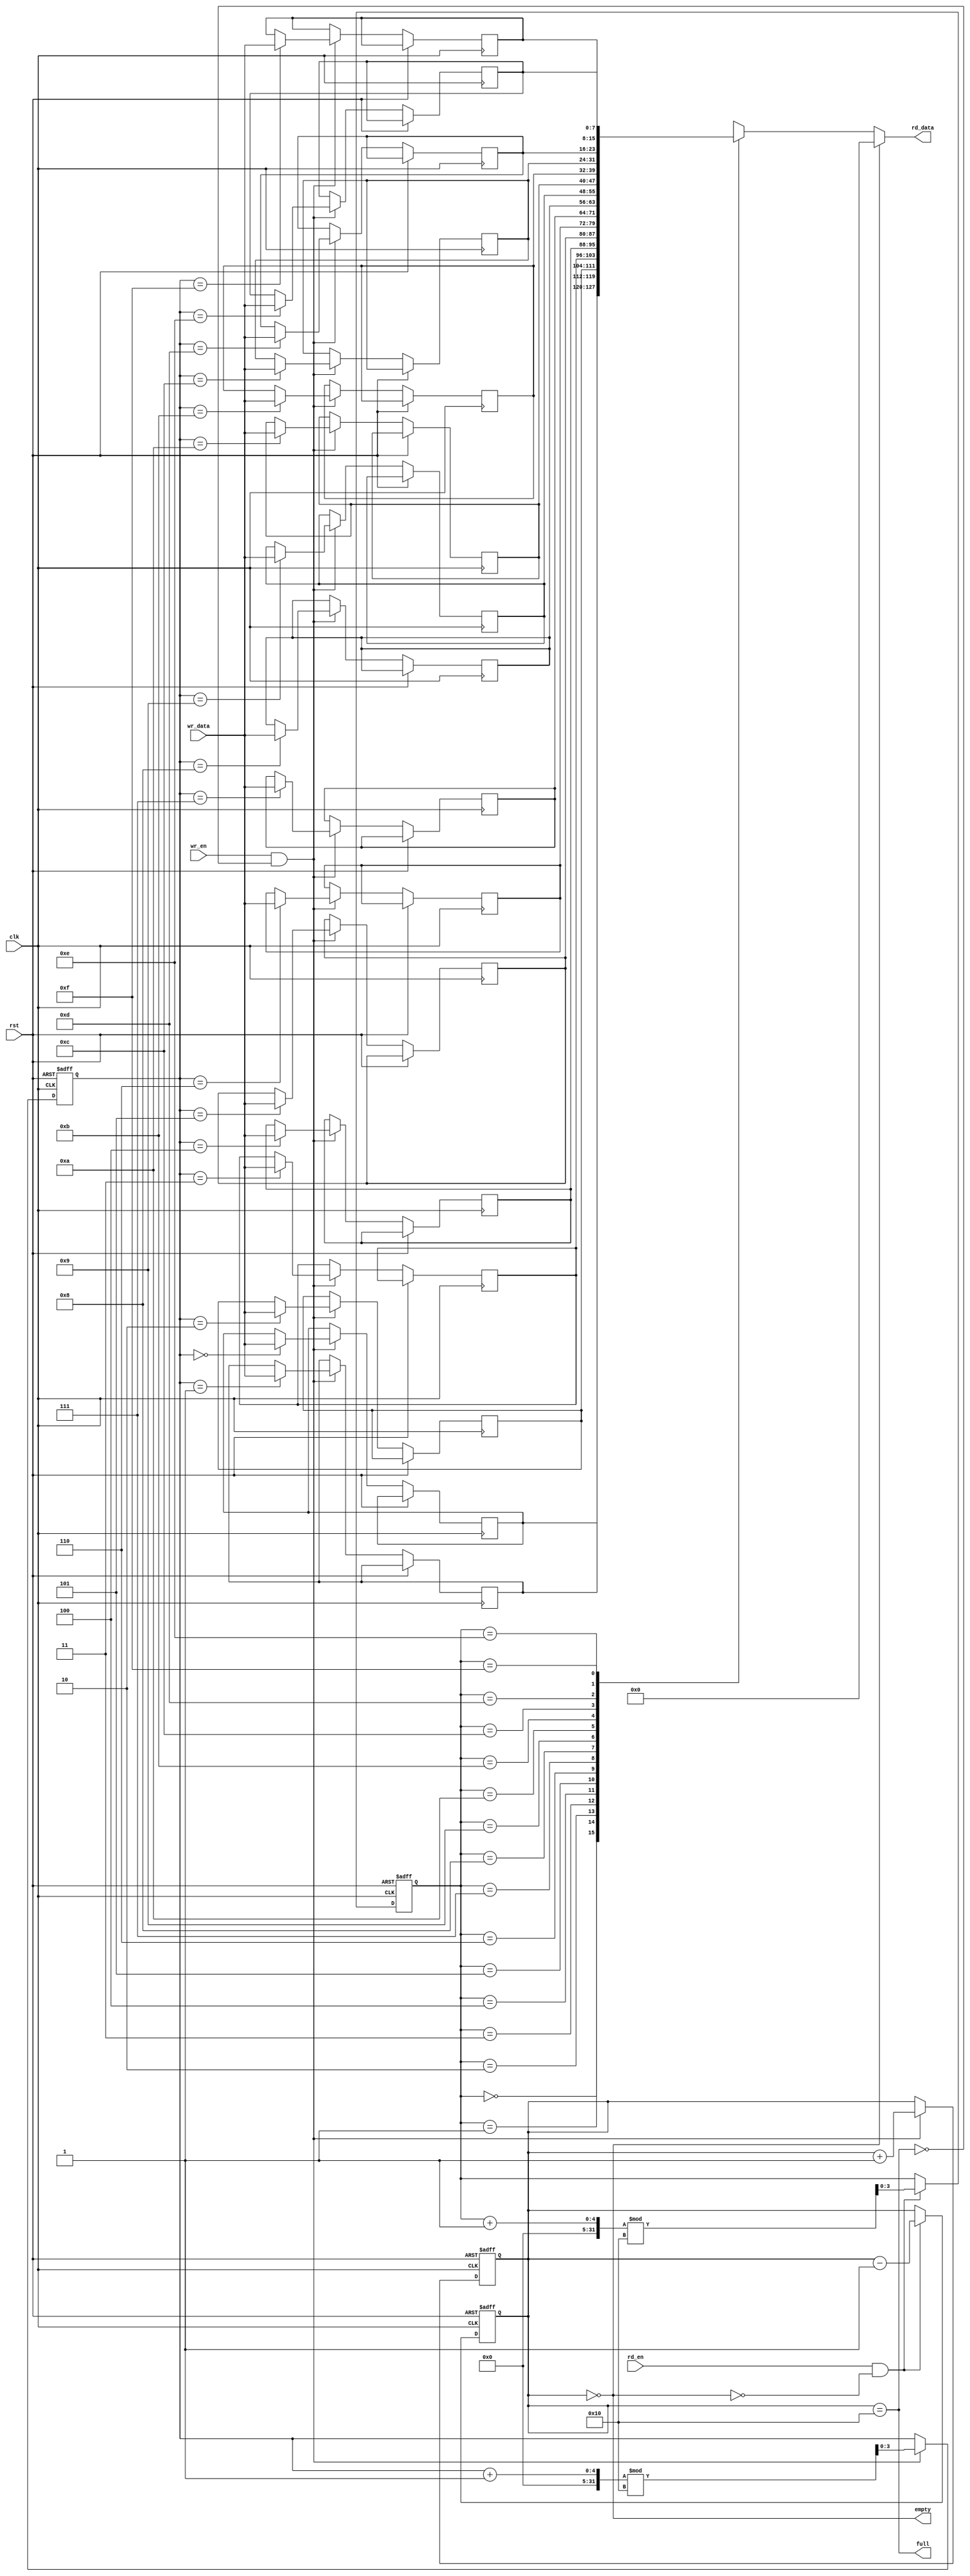
module multiport_fifo #(
    parameter DEPTH = 16,  // Number of entries in the FIFO
    parameter WIDTH = 8    // Width of each entry in bits
)(
    input wire clk,
    input wire rst,
    
    // Write Port
    input wire [WIDTH-1:0] wr_data,
    input wire wr_en,
    output wire full,
    
    // Read Port
    output wire [WIDTH-1:0] rd_data,
    input wire rd_en,
    output wire empty
);

    // Memory array
    reg [WIDTH-1:0] fifo_mem [0:DEPTH-1];
    
    // Read and Write pointers
    reg [$clog2(DEPTH)-1:0] wr_ptr;
    reg [$clog2(DEPTH)-1:0] rd_ptr;
    
    // Count of entries in FIFO
    reg [$clog2(DEPTH+1)-1:0] count;

    // Full and Empty flags
    assign full = (count == DEPTH);
    assign empty = (count == 0);
    assign rd_data = (empty) ? {WIDTH{1'b0}} : fifo_mem[rd_ptr];

    // Write Logic
    always @(posedge clk or posedge rst) begin
        if (rst) begin
            wr_ptr <= 0;
            count <= 0;
        end else if (wr_en && !full) begin
            fifo_mem[wr_ptr] <= wr_data;
            wr_ptr <= (wr_ptr + 1) % DEPTH;
            count <= count + 1;
        end
    end

    // Read Logic
    always @(posedge clk or posedge rst) begin
        if (rst) begin
            rd_ptr <= 0;
            count <= 0;
        end else if (rd_en && !empty) begin
            rd_ptr <= (rd_ptr + 1) % DEPTH;
            count <= count - 1;
        end
    end

endmodule